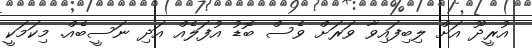
އުރީދޫ އަށް ލިބިފައިވާ ވަރަށް ވެސް ބޮޑު އުފަލެއް އަދި ނަސީބެއް. މިކަމަކީ